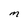
Character: M